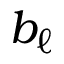
b _ { \ell }